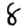
Digit: 8